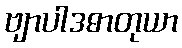
ဗျာပါဒဓာတုယာ